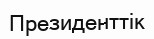
Президенттік